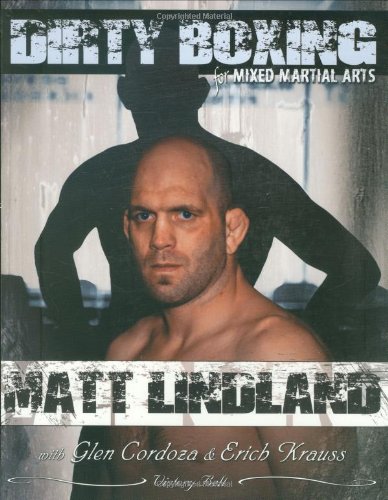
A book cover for Dirty Boxing for Mixed Martial Arts: From Wrestling to Mixed Martial Arts; Matt Lindland; Sports & Outdoors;